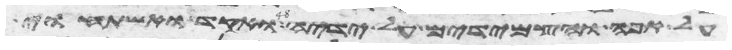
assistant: על אפה והצמידים על ידיה ואקד ואשתחוי